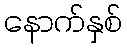
နောက်နှစ်